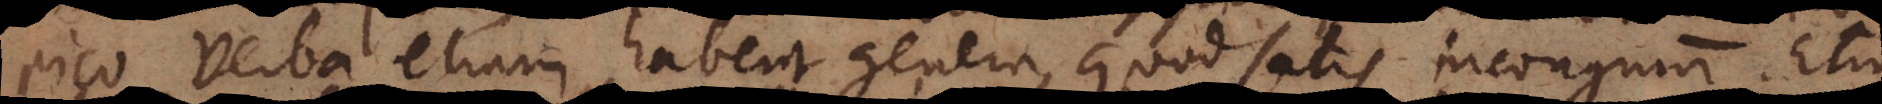
pico verba etiam habent genera, quod satis incongruum. Etiam